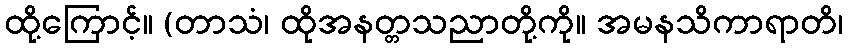
ထို့ကြောင့်။ (တာသံ၊ ထိုအနတ္တသညာတို့ကို။ အမနသိကာရာတိ၊